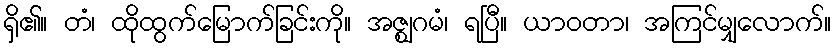
ရှိ၏။ တံ၊ ထိုထွက်မြောက်ခြင်းကို။ အဇ္ဈဂမံ၊ ရပြီ။ ယာဝတာ၊ အကြင်မျှလောက်။